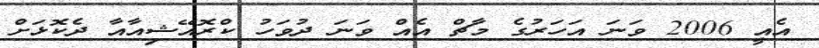
އެއީ 2006 ވަނަ އަހަރުގެ މާޗް އެއް ވަނަ ދުވަހު ކްރޮއޭޝިއާއާ ދެކޮޅަށް